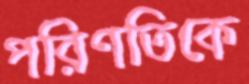
পরিণতিকে